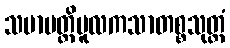
သမာပတ္တိမူလကသာတစ္စသုတ္တံ